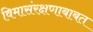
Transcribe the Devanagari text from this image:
विमासंरक्षणाबाबत